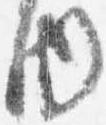
内